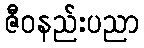
ဇီဝနည်းပညာ